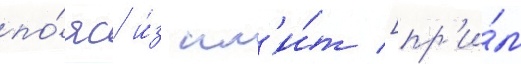
по́яс и́з пл'и́т [пр'и́м